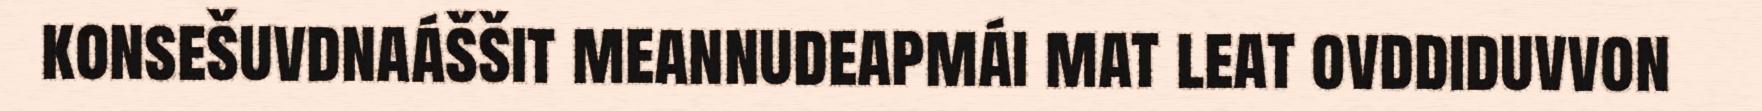
konsešuvdnaáššit meannudeapmái mat leat ovddiduvvon